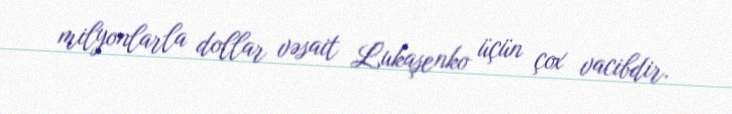
milyonlarla dollar vəsait Lukaşenko üçün çox vacibdir.